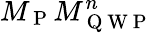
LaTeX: M_{\mathrm{~P~}}M_{\mathrm{~Q~W~P~}}^{n}